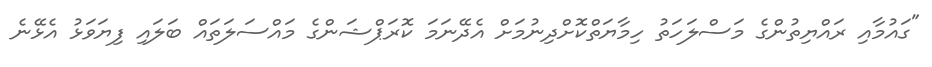
"ގައުމާއި ރައްޔިތުންގެ މަސްލަހަތު ހިމާޔަތްކޮށްދިނުމަށް އެދޭނަމަ ކޮރަޕްޝަންގެ މައްސަލަތައް ބަލައި ފިޔަވަޅު އެޅޭނެ